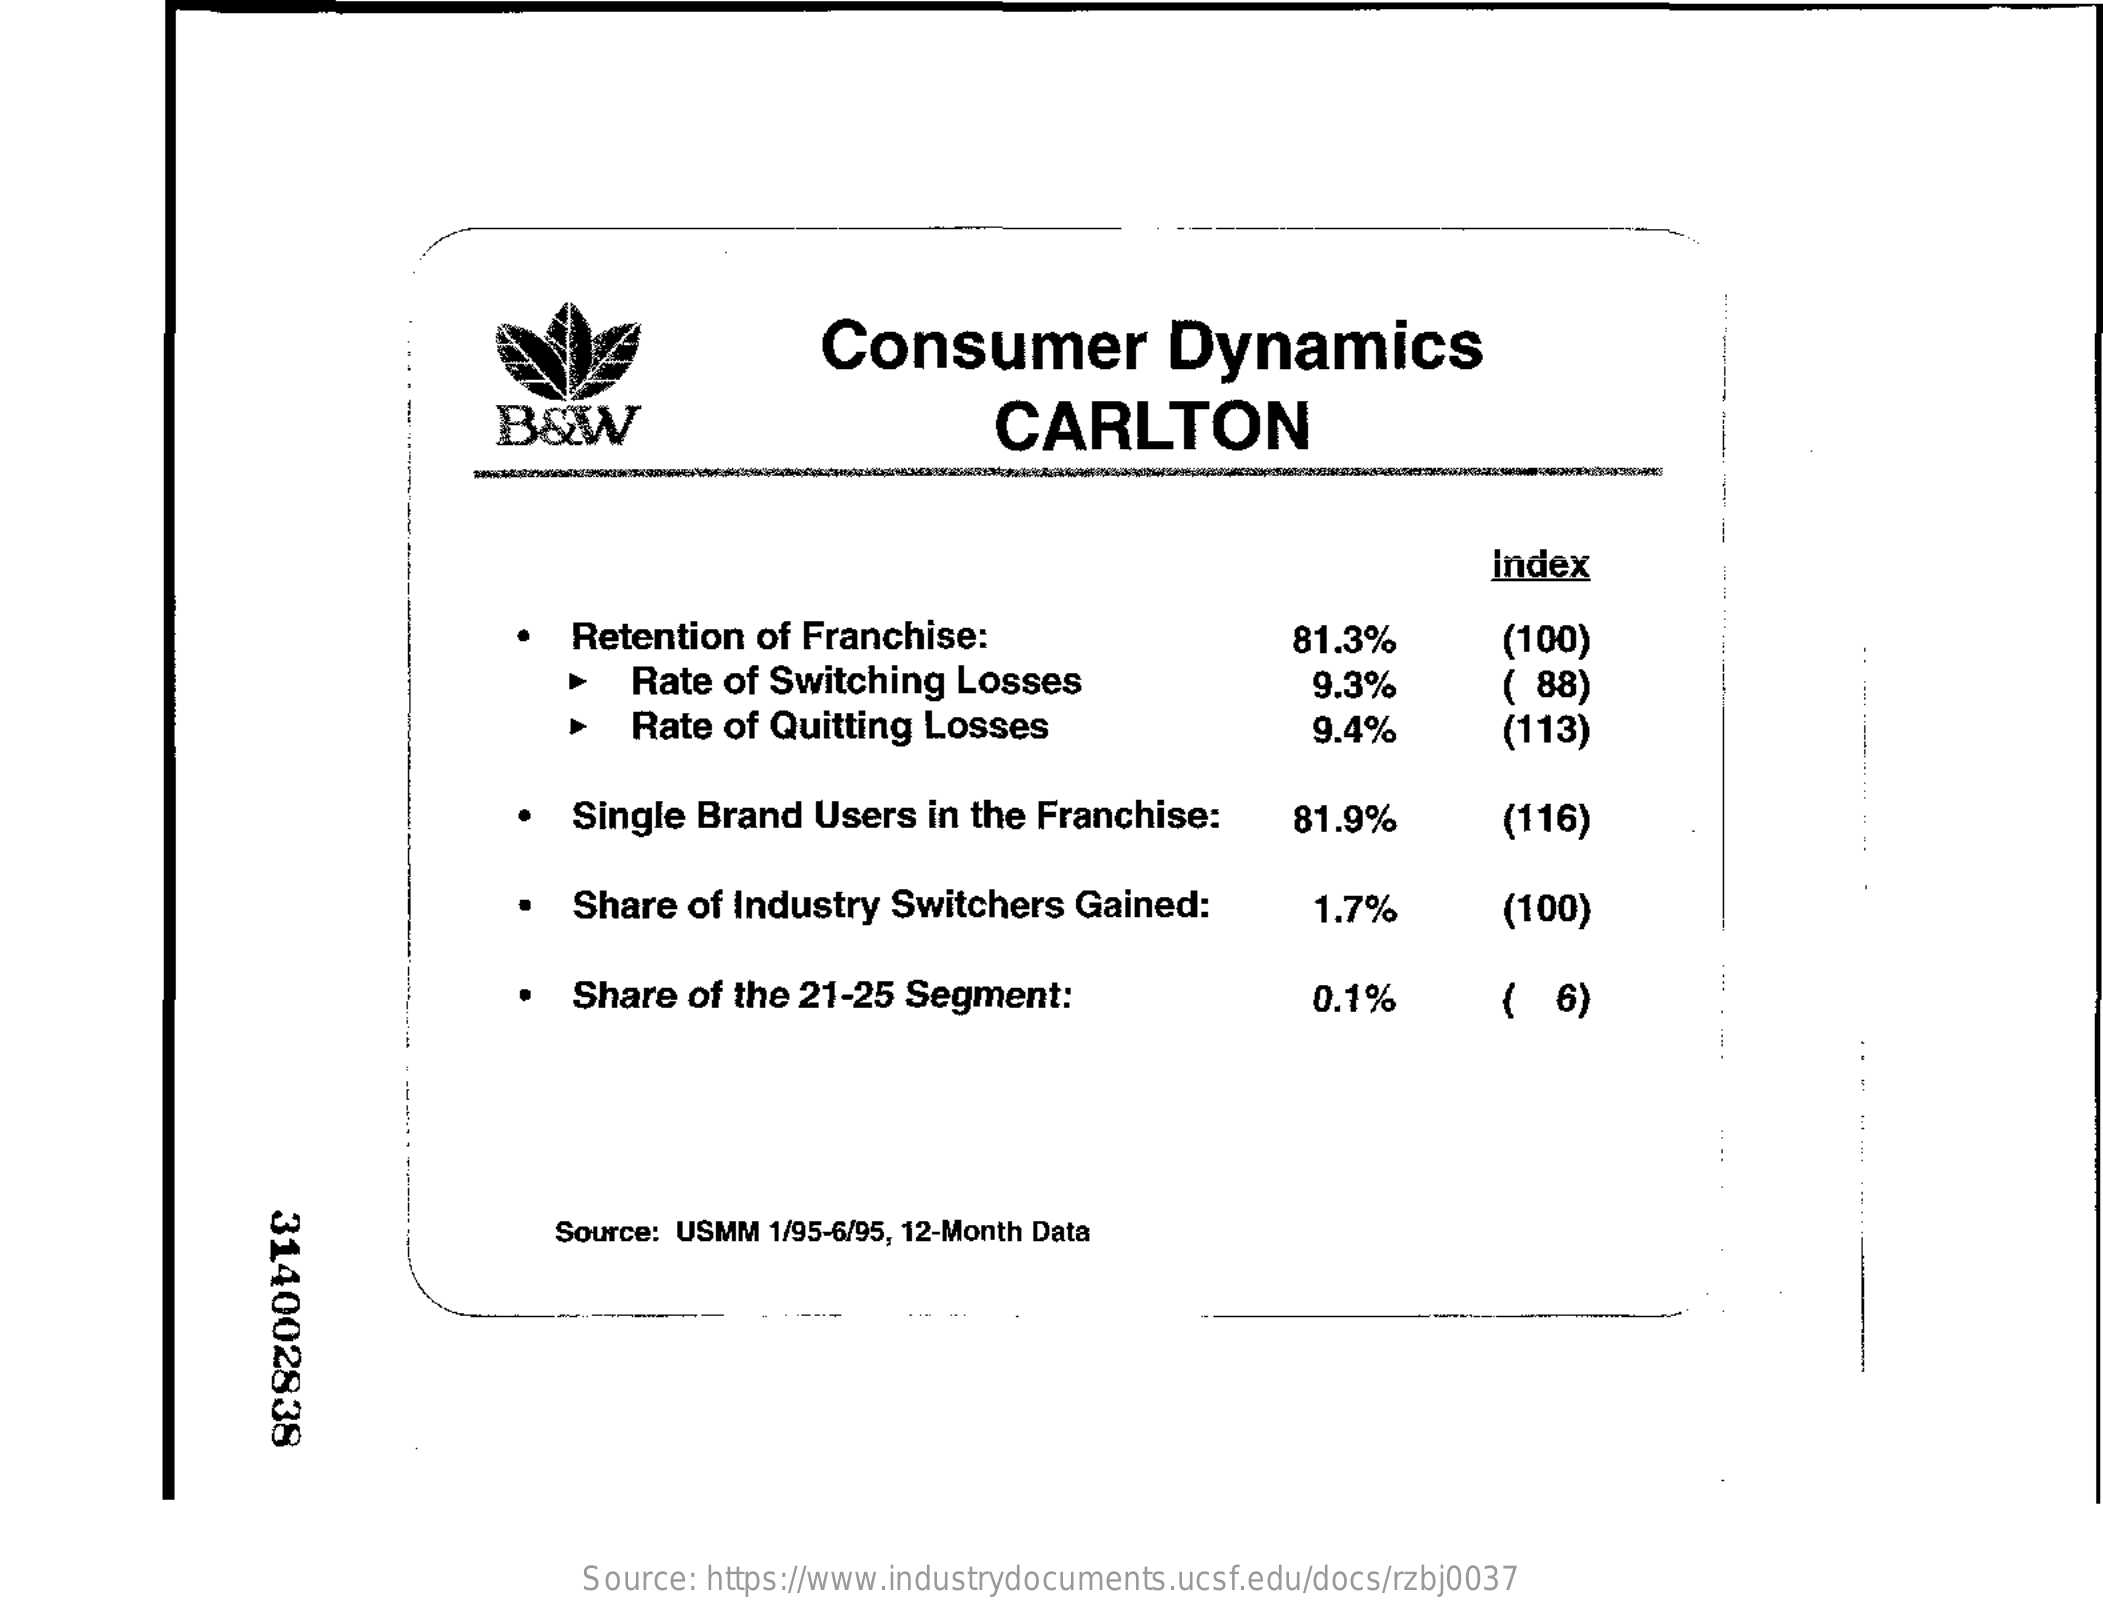
Consumer    Dynamics
     B&W    CARLTON
     ---
     index
     Retention   of Franchise:    81.3%    (100)
     Rate  of Switching  Losses    9.3%
     Rate  of Quitting Losses
     ( 88)
     9.4%    (113)
     Single  Brand  Users  in the Franchise:    81.9%    (116)
     Share  of Industry  Switchers   Gained:    1.7%    (100)
     Share  of the  21-25 Segment:    0.1%    (  6)
     314002838
     Source: USMM  1/95-6/95, 12-Month Data
     Source: https://www.industrydocuments.ucsf.edu/docs/rzbj0037